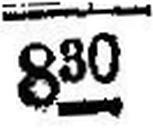
830